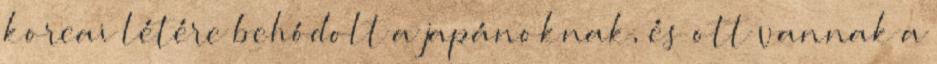
koreai létére behódolt a japánoknak, és ott vannak a